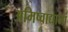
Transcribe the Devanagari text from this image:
अमिष्वाद्यानां